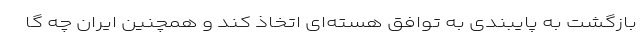
بازگشت به پایبندی به توافق هسته‌ای اتخاذ کند و همچنین ایران چه گا